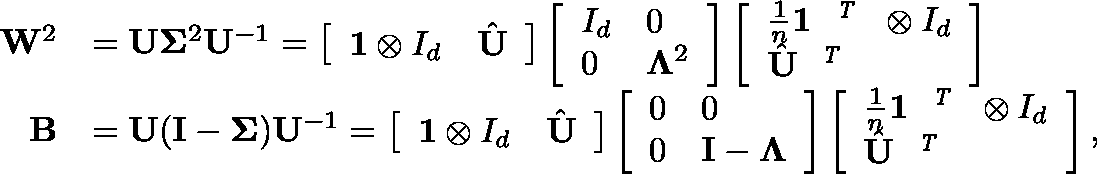
\begin{array} { r l } { { \mathbf { W } } ^ { 2 } } & { = { \mathbf { U } } \mathbf { \Sigma } ^ { 2 } { \mathbf { U } } ^ { - 1 } = \left[ \begin{array} { l l } { \mathbf { 1 } \otimes I _ { d } } & { \hat { { \mathbf { U } } } } \end{array} \right] \left[ \begin{array} { l l } { I _ { d } } & { 0 } \\ { 0 } & { \mathbf { \Lambda } ^ { 2 } } \end{array} \right] \left[ \begin{array} { l } { \frac { 1 } { n } \mathbf { 1 } ^ { \textit { \footnotesize \texttt { T } } } \otimes I _ { d } } \\ { \hat { { \mathbf { U } } } ^ { \textit { \footnotesize \texttt { T } } } } \end{array} \right] } \\ { { \mathbf { B } } } & { = { \mathbf { U } } ( { \mathbf { I } } - \mathbf { \Sigma } ) { \mathbf { U } } ^ { - 1 } = \left[ \begin{array} { l l } { \mathbf { 1 } \otimes I _ { d } } & { \hat { { \mathbf { U } } } } \end{array} \right] \left[ \begin{array} { l l } { 0 } & { 0 } \\ { 0 } & { { \mathbf { I } } - \mathbf { \Lambda } } \end{array} \right] \left[ \begin{array} { l } { \frac { 1 } { n } \mathbf { 1 } ^ { \textit { \footnotesize \texttt { T } } } \otimes I _ { d } } \\ { \hat { { \mathbf { U } } } ^ { \textit { \footnotesize \texttt { T } } } } \end{array} \right] , } \end{array}